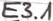
Text: E3.1